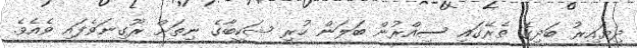
ދިޔައިރު ބަދިގެ ތެރޭގައި ސިއްރުން ބަލަން ހުރި ޝަކީބާގެ ނިތަށް ރޫގިނަވެފައި ވެއެވެ.